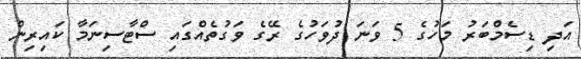
އަދި ޑިސެމްބަރު މަހުގެ 5 ވަނަ ދުވަހުގެ ރޭގެ ވަގުތެއްގައި ސްޓާސިނަމާ ކައިރިން